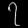
Digit: ၇